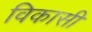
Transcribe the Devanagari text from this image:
विकासी